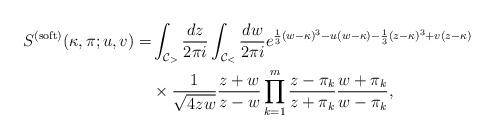
LaTeX: \begin{align*} S^{(\mathrm{soft})}(\kappa, \pi;u,v)=& \int_{\mathcal{C}_{>}}\frac{dz}{2\pi i } \int_{\mathcal{C}_{<}} \frac{dw}{2\pi i } e^{\frac{1}{3}(w-\kappa)^3-u(w-\kappa)-\frac{1}{3}(z-\kappa)^3+ v(z-\kappa)} \\& \times \frac{1}{\sqrt{4zw}}\frac{z+w}{z-w} \prod_{k = 1}^{m} \frac{z-\pi_{k}}{ z+ \pi_{k}}\frac{w+\pi_{k}}{w-\pi_{k}}, \end{align*}